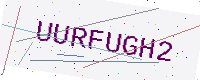
Text: UURFUGH2